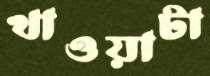
খাওয়াটা